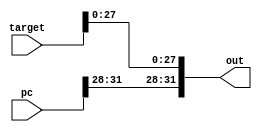
module concat(pc, target, out);
input [31:0] pc, target;
output [31:0] out;

assign out = {pc[31:28], target[27:0]};

endmodule